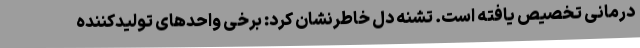
درمانی تخصیص یافته است. تشنه دل خاطرنشان کرد: برخی واحدهای تولیدکننده